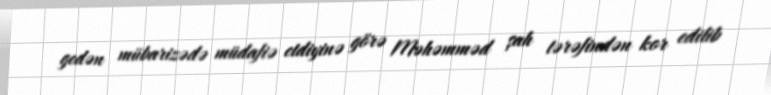
gedən mübarizədə müdafiə etdiyinə görə Məhəmməd şah tərəfindən kor edilib